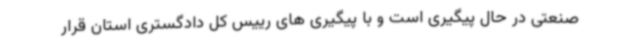
صنعتی در حال پیگیری است و با پیگیری های رییس کل دادگستری استان قرار